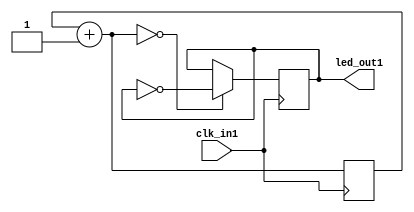
module pisca_leds(
	input clk_in1,
	output led_out1
);

reg [9:0]contador = 0;
reg l = 0;

assign led_out1 = l;

always @(posedge clk_in1) begin
	contador = contador + 1;
	
	//multiplexador
	// ==  um comparador
	if(contador == 0) begin
		l = ~l;
	end
end

endmodule

module testbench;
	
	wire led;
	reg clk = 0;
	
	pisca_leds Leds1(clk, led);
	
	always #2 clk = ~clk;

	initial begin
    $dumpvars;
    clk <= 0;
    #50000;
    $finish;
  end

endmodule